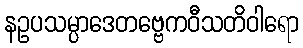
နဥပသမ္ပာဒေတဗ္ဗေကဝီသတိဝါရော